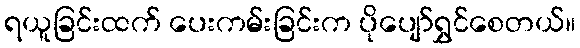
ရယူခြင်းထက် ပေးကမ်းခြင်းက ပိုပျော်ရွှင်စေတယ်။